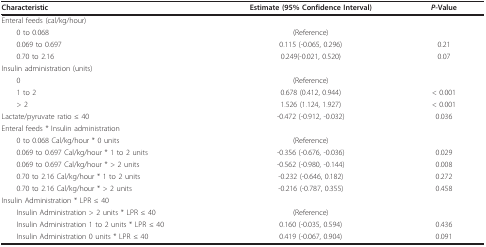
| Characteristic | Estimate (95% Confidence Interval) | P-Value |
 | --- | --- | --- |
 | Enteral feeds (cal/kg/hour) |  |  |
 | 0 to 0.068 | (Reference) |  |
 | 0.069 to 0.697 | 0.115 (-0.065, 0.296) | 0.21 |
 | 0.70 to 2.16 | 0.249(-0.021, 0.520) | 0.07 |
 | Insulin administration (units) |  |  |
 | 0 | (Reference) |  |
 | 1 to 2 | 0.678 (0.412, 0.944) | < 0.001 |
 | > 2 | 1.526 (1.124, 1.927) | < 0.001 |
 | Lactate/pyruvate ratio ≤ 40 | -0.472 (-0.912, -0.032) | 0.036 |
 | Enteral feeds * Insulin administration |  |  |
 | 0 to 0.068 Cal/kg/hour * 0 units | (Reference) |  |
 | 0.069 to 0.697 Cal/kg/hour * 1 to 2 units | -0.356 (-0.676, -0.036) | 0.029 |
 | 0.069 to 0.697 Cal/kg/hour * > 2 units | -0.562 (-0.980, -0.144) | 0.008 |
 | 0.70 to 2.16 Cal/kg/hour * 1 to 2 units | -0.232 (-0.646, 0.182) | 0.272 |
 | 0.70 to 2.16 Cal/kg/hour * > 2 units | -0.216 (-0.787, 0.355) | 0.458 |
 | Insulin Administration * LPR ≤ 40 |  |  |
 | Insulin Administration > 2 units * LPR ≤ 40 | (Reference) |  |
 | Insulin Administration 1 to 2 units * LPR ≤ 40 | 0.160 (-0.035, 0.594) | 0.436 |
 | Insulin Administration 0 units * LPR ≤ 40 | 0.419 (-0.067, 0.904) | 0.091 |